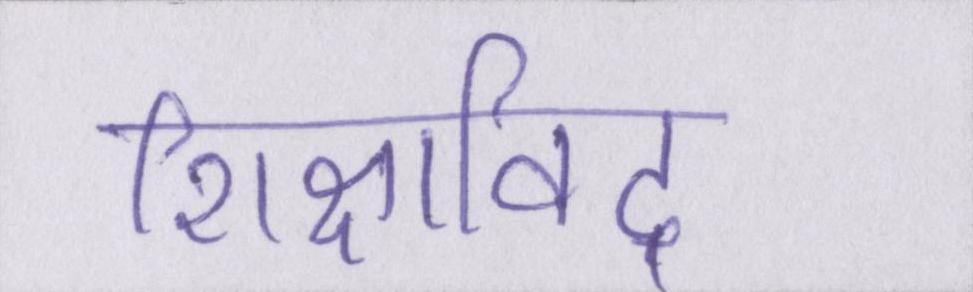
शिक्षाविद